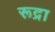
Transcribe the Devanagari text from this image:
रूद्रा